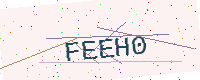
Text: FEEH0